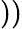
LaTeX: ))